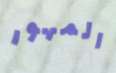
المهور